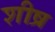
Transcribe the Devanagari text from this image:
शीष्र